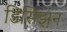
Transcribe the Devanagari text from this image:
डिसिझ़न